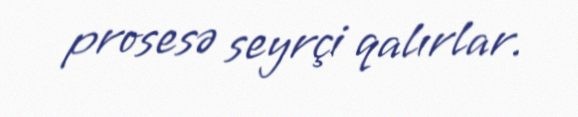
prosesə seyrçi qalırlar.